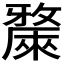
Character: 𣀗